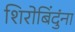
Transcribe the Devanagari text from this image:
शिरोबिंदुंना